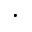
\cdot